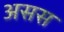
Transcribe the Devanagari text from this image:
असस